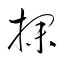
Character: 探